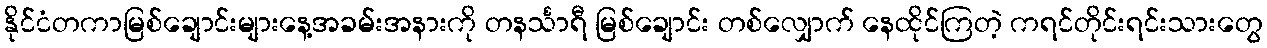
နိုင်ငံတကာမြစ်ချောင်းများနေ့အခမ်းအနားကို တနင်္သာရီ မြစ်ချောင်း တစ်လျှောက် နေထိုင်ကြတဲ့ ကရင်တိုင်းရင်းသားတွေ